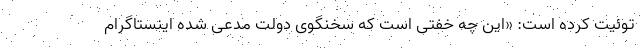
توئیت کرده است: «‌این چه خفتی است که سخنگوی دولت مدعی شده اینستاگرام